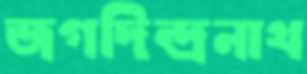
জগদিন্দ্রনাথ